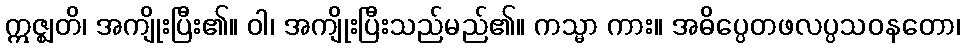
ဣဇ္ဈတိ၊ အကျိုးပြီး၏။ ဝါ၊ အကျိုးပြီးသည်မည်၏။ ကသ္မာ ကား။ အဓိပ္ပေတဖလပ္ပသဝနတော၊